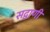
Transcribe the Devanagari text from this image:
सद्वाणी